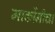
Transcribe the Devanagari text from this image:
मार्कोनीचा